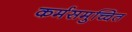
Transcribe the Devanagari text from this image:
कर्मसमुच्चित